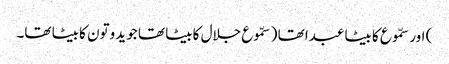
) اور سمّوع کا بیٹا عبدا تھا ( سمّوع جلال کا بیٹا تھا جو یدوتون کا بیٹا تھا۔